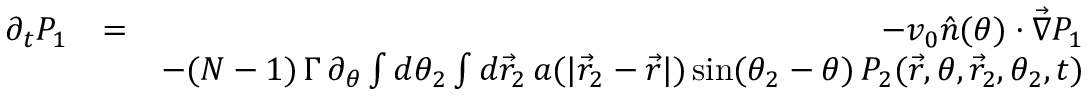
\begin{array} { r l r } { \partial _ { t } P _ { 1 } } & { = } & { - v _ { 0 } \hat { n } ( \theta ) \cdot \vec { \nabla } P _ { 1 } } \\ & { } & { - ( N - 1 ) \, \Gamma \, \partial _ { \theta } \int d \theta _ { 2 } \int d \vec { r } _ { 2 } \, a ( | \vec { r } _ { 2 } - \vec { r } | ) \, \mathrm { s i n } ( \theta _ { 2 } - \theta ) \, P _ { 2 } ( \vec { r } , \theta , \vec { r } _ { 2 } , \theta _ { 2 } , t ) } \end{array}